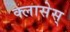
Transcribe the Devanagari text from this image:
क्लासेस्